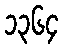
၁၃၆၄